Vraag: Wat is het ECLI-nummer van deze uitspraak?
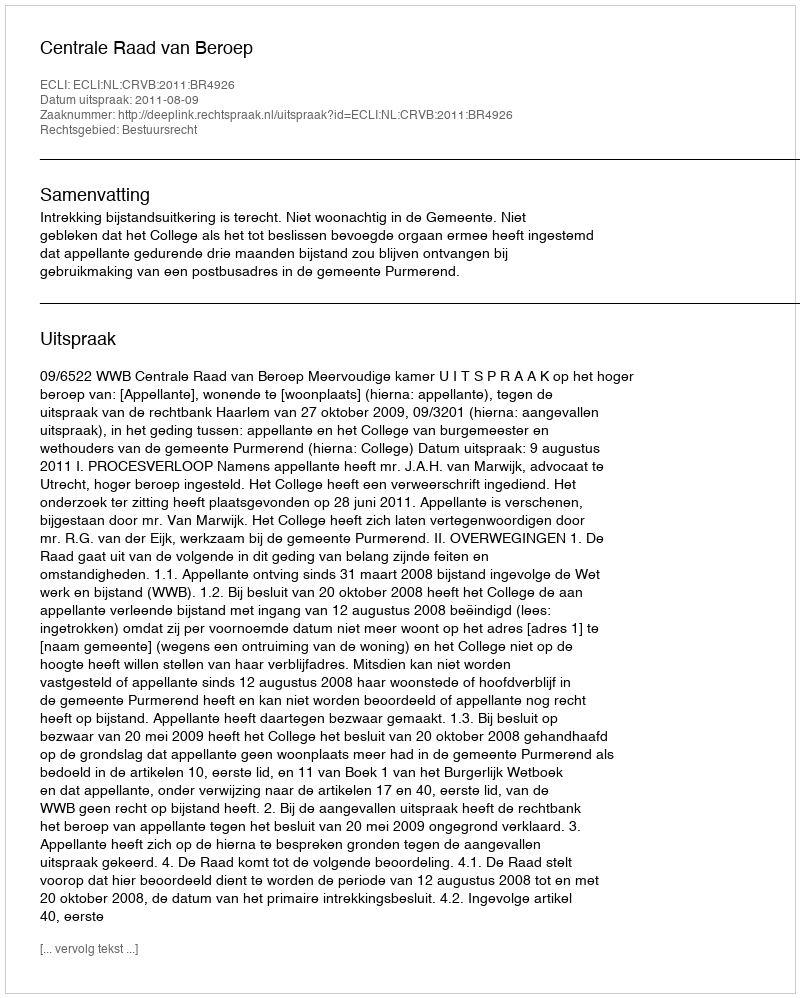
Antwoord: ECLI:NL:CRVB:2011:BR4926